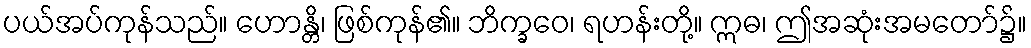
ပယ်အပ်ကုန်သည်။ ဟောန္တိ၊ ဖြစ်ကုန်၏။ ဘိက္ခဝေ၊ ရဟန်းတို့။ ဣဓ၊ ဤအဆုံးအမတော်၌။